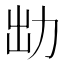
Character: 㔘